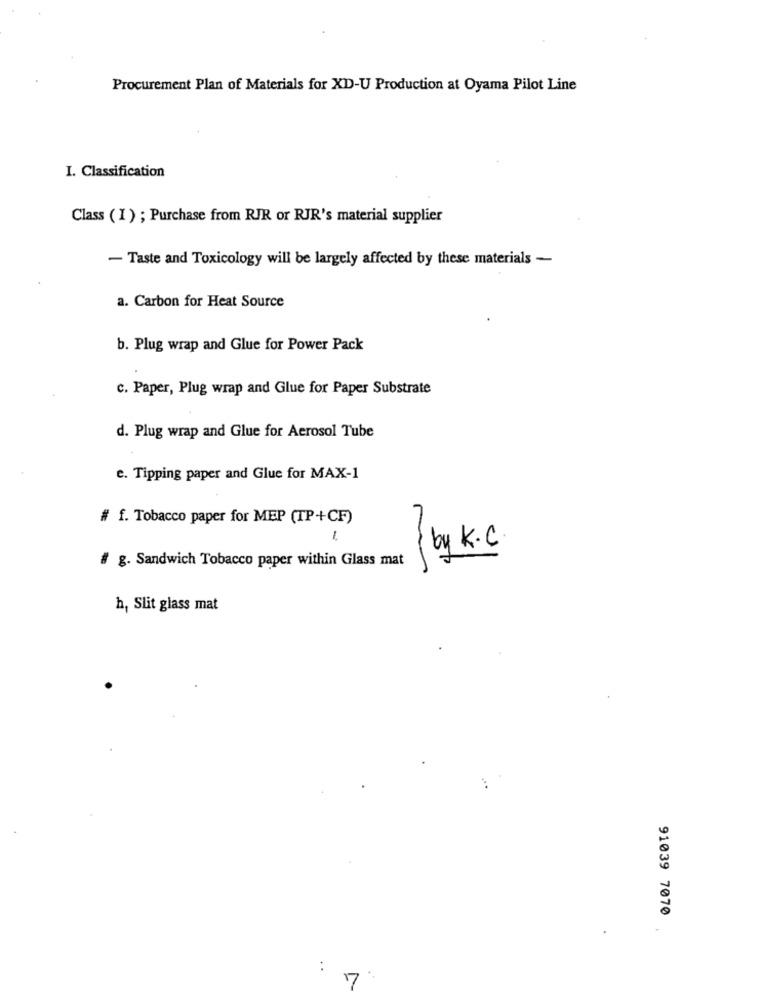
Procurement Plan of Materials for XD-U Production at Oyama Pilot Line
I. Classification
Class (1) ; Purchase from RJR or RJR's material supplier
- Taste and Toxicology will be largely affected by these materials -
a. Carbon for Heat Source
b. Plug wrap and Glue for Power Pack
c. Paper, Plug wrap and Glue for Paper Substrate
d. Plug wrap and Glue for Aerosol Tube
e. Tipping paper and Glue for MAX-1
# f. Tobacco paper for MEP (TP+CF)
-
# g. Sandwich Tobacco paper within Glass mat
by k.
h, Slit glass mat
91039 7070
:
7